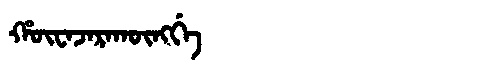
Manchu: ᡥᡡᠸᠠᠵᠠᡵᠠᡴᡡᠩᡤᡝ
Romanization: HŪWAJARAKŪNGGE